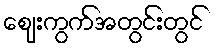
ဈေးကွက်အတွင်းတွင်